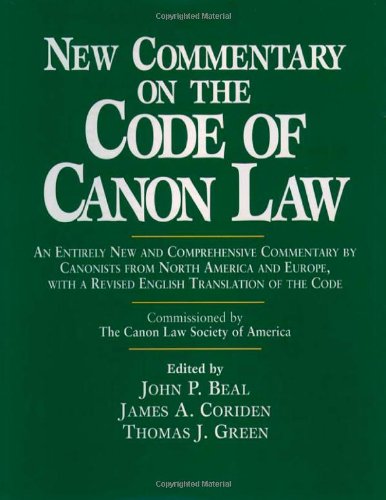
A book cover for New Commentary on the Code of Canon Law; John P. Beal; Christian Books & Bibles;